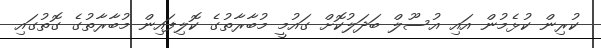
ކުރިން ކުޅެމުން އައި އުސޫލް ބަދަލުކޮށް ގައުމީ މުބާރާތުގެ ކޮލިފައިން މުބާރާތުގެ ގޮތުގައި